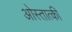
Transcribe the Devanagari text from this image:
ओस्तात्की